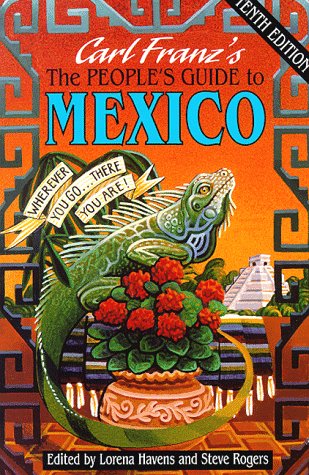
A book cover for The People's Guide to Mexico: Wherever You Go-- There You Are (10th ed); Carl Franz; Travel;